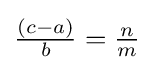
{\tfrac {(c-a)}{b}}={\tfrac {n}{m}}